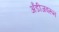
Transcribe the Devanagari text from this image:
अँडीजवरून